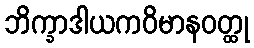
ဘိက္ခာဒါယကဝိမာနဝတ္ထု